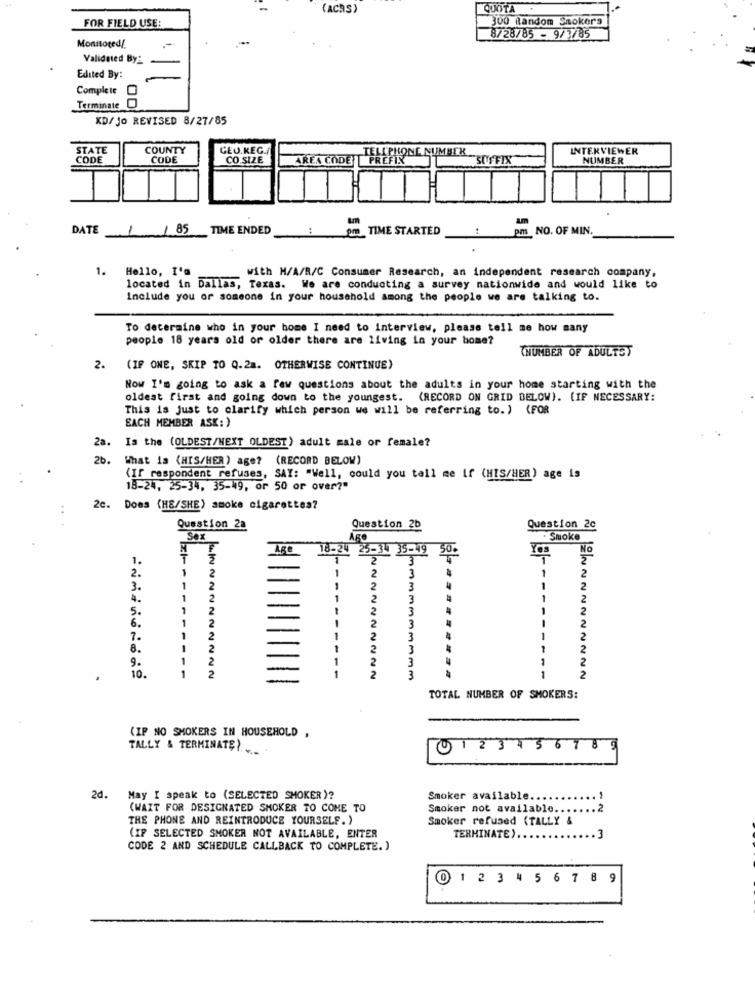
(ACRS)
QUOTA
300 Random Smokers
FOR FIELD USE:
8/28/85 - 9/3/85
Monitored !.
Validated By2
Edited By:
Complete
00
Terminate
KD/Jo REVISED 8/27/85
STATE
COUNTY
CEO.KEG.
INTERVIEWER
CODE
CODE
CO SIZE
AREA CODE
TELEPHONE NUMBER
SUFFIX
NUMBER
DATE 1 /85 TIME ENDED
pm TIME STARTED
pm NO. OF MIN.
1. Hello, I'd
with M/A/R/C Consumer Research, an independent research company,
located in Dallas, Texas. We are conducting a survey nationwide and would like to
Include you or someone in your household among the people we are talking to.
To determine who in your home I need to interview, please tell me how many
people 18 years old or older there are living in your home?
TNUMBER OF ADULTST
2.
(IF ONE, SKIP TO Q.2a. OTHERWISE CONTINUE)
Now I'm going to ask a few questions about the adults in your home starting with the
oldest first and going down to the youngest. (RECORD ON GRID DELOW). (IF NECESSARY:
This is just to clarify which person we will be referring to.) (FOR
EACH MEMBER ASK: )
Is the (OLDEST/NEXT OLDEST) adult male or female?
2a.
2b.
What is (HIS/HER) age? (RECORD BELOW)
(If respondent refuses, SAY: "Well, could you tell me If (HIS/HER) age is
18-24, 25-34. 35-49, or 50 or over?"
2c. Does (HE/SHE) smoke cigarettes?
Question 2a
Question 2b
Question 2c
Sex
Smoke
M
18-24 25-34 35-49
NO
1.
2.
3
1
2
-
2
2
2.
3.
1
2
2
3
2
4.
1
2
1
2
3
111
2
1
2
2
3
2
5.
2
2
3
2
6 .
-
--
7.
2
2
3
-
2
8.
2
2
3
2
9.
1
2
2
3
2
1
2
1
10 .
2
3
2
TOTAL NUMBER OF SMOKERS:
(IP NO SMOKERS IN HOUSEHOLD ,
TALLY & TERMINATE ?....
01234 56789
2d.
May I speak to (SELECTED SMOKER )?
Smoker available ...
.1
(WAIT FOR DESIGNATED SMOKER TO COME TO
Smoker not available ....... 2
THE PHONE AND REINTRODUCE YOURSELF. )
Smoker refused (TALLY &
(IF SELECTED SMOKER NOT AVAILABLE, ENTER
TERMINATE).
CODE 2 AND SCHEDULE CALLBACK TO COMPLETE. )
0 1 2 3 4 5 6 7 8 9